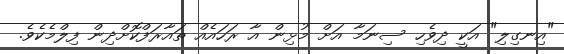
"އިނގިލި" އަކީ ދިވެހި ސިނަމާ އަށް މުޅިން އާ ރަހައެއް ތައާރަފްކޮށްދިން ފިލްމެކެވެ.